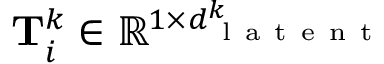
\mathbf { T } _ { i } ^ { k } \in \mathbb { R } ^ { 1 \times d _ { \mathrm { ~ l ~ a ~ t ~ e ~ n ~ t ~ } } ^ { k } }